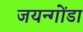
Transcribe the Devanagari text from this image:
जयन्गोंडा